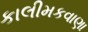
કાલીમકવાણા